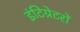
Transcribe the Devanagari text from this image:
इंटिग्रेटरों